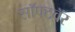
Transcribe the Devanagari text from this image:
सॉफ्टवॅर